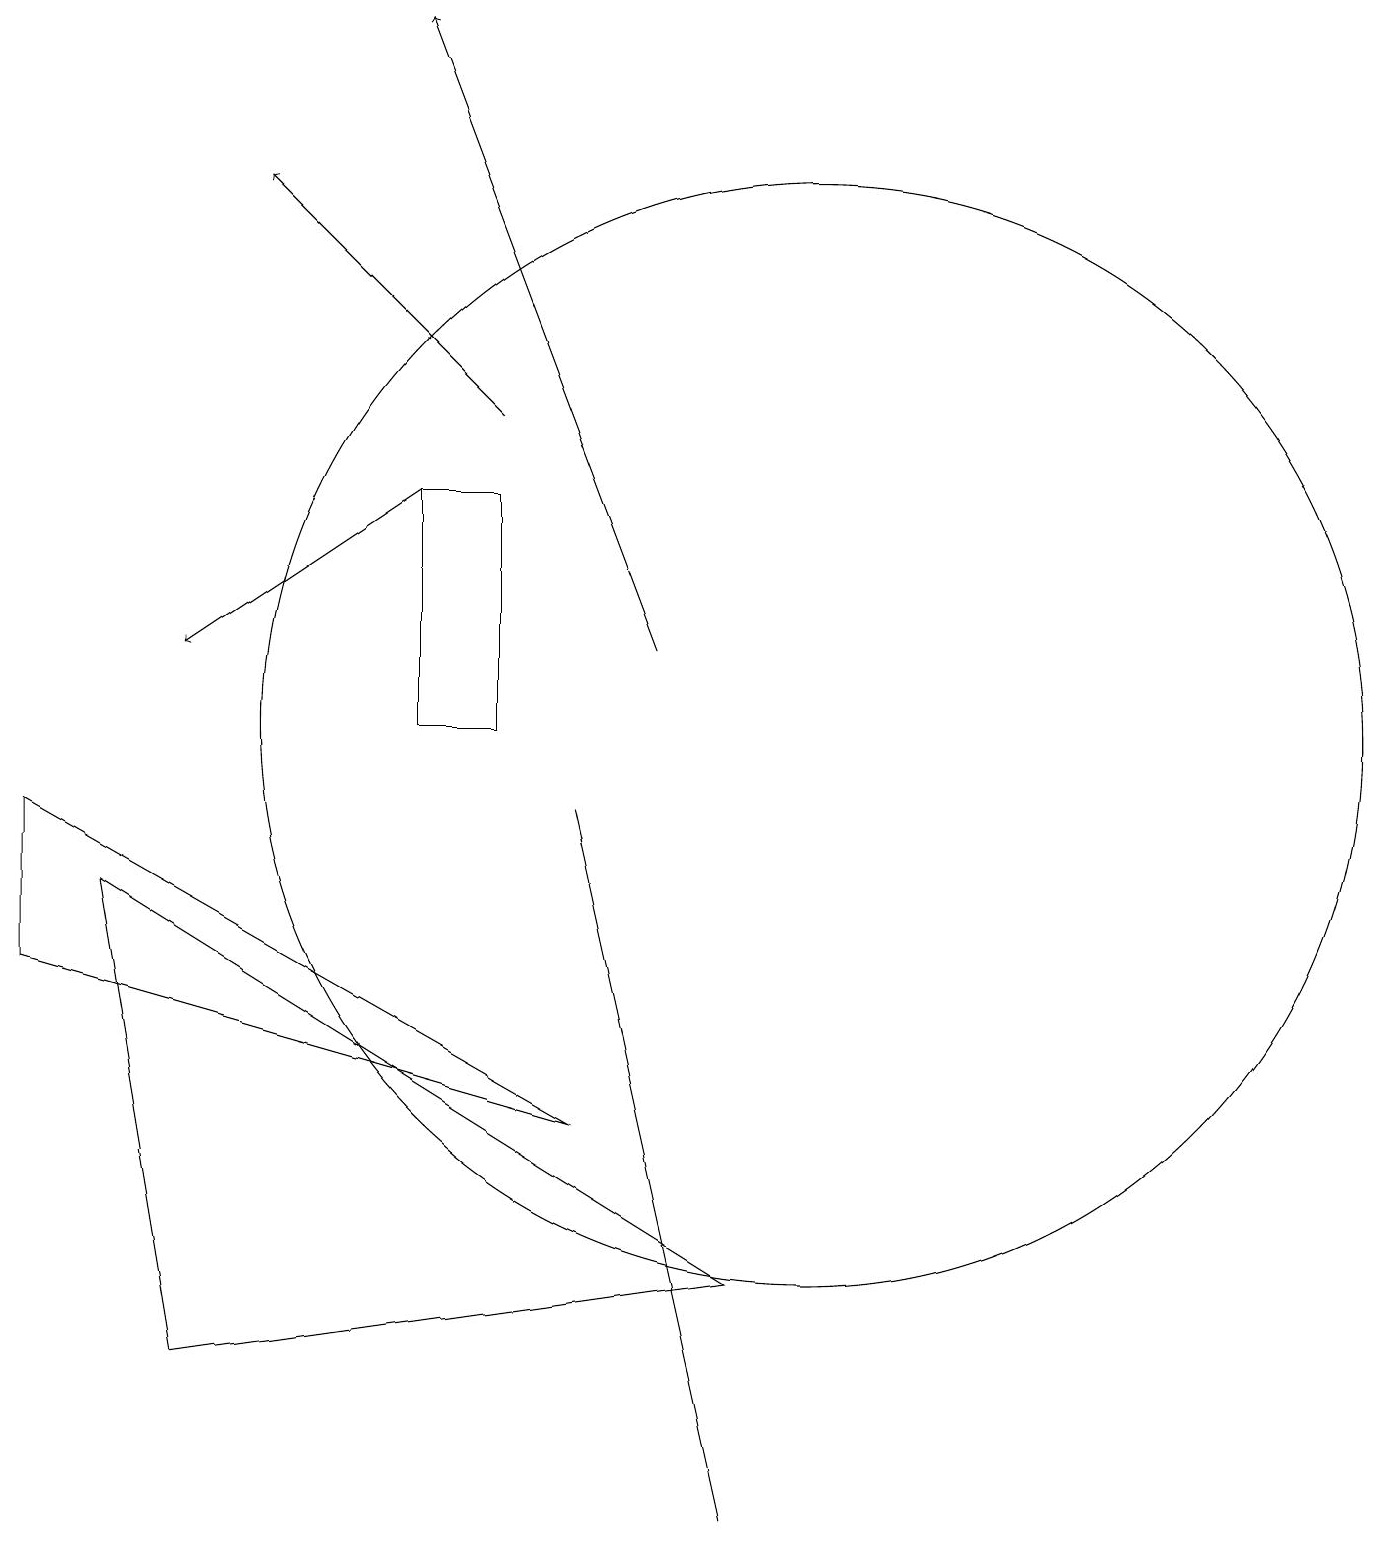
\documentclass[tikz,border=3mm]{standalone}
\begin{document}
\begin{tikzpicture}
\draw[->] (6,14) -- (3,17);
\draw[->] (8,11) -- (5,19);
\draw (7,5) -- (0,7) -- (0,9) -- cycle;
\draw (6,10) rectangle (5,13);
\draw (9,0) -- (7,9) -- (7,9) -- cycle;
\draw (10,10) circle (7);
\draw (1,8) -- (2,2) -- (9,3) -- cycle;
\draw[->] (5,13) -- (2,11);
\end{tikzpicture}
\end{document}